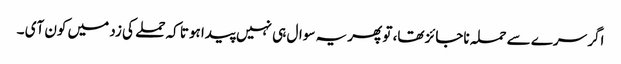
اگر سرے سے حملہ ناجائز تھا، تو پھر یہ سوال ہی نہیں پیدا ہوتا کہ حملے کی زد میں کون آی ۔